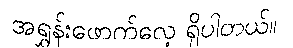
အရွှန်းဖောက်လေ့ ရှိပါတယ်။